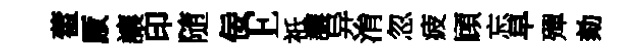
藿厫讓印随佞E祇讓异㳙忽疲頋忘早殫劾